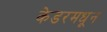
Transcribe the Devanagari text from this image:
केडरमधून